Annual administration report of the Civil Veterinary Department of India - 1896-1897
Year: 1896
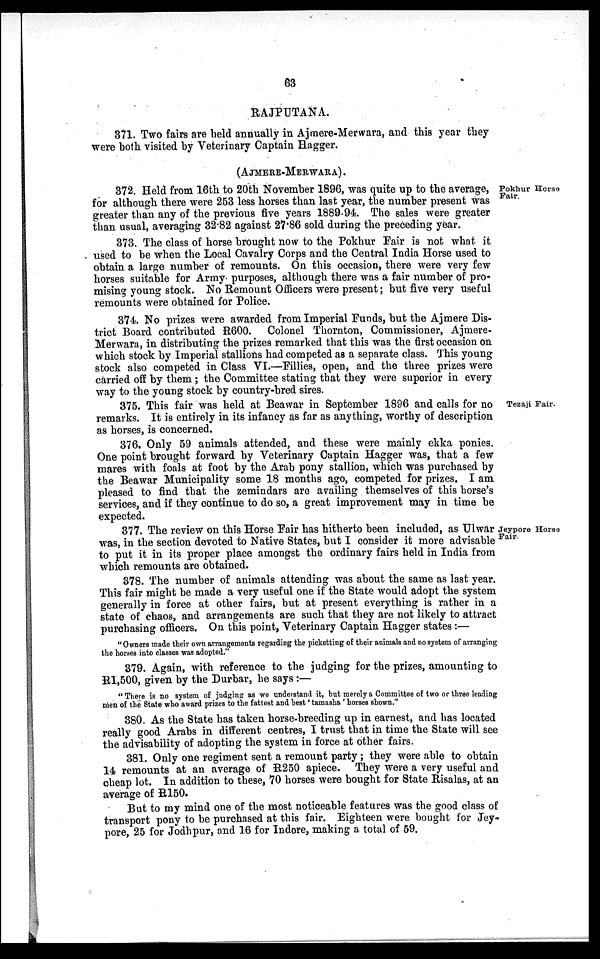
63
RAJPUTANA.
371. Two fairs are held annually in Ajmere-Merwara, and this year they
were both visited by Veterinary Captain Hagger.
(AJMERE-MERWARA).
Pokhur Horse
Fair.
372. Held from 16th to 20th November 1896, was quite up to the average,
for although there were 253 less horses than last year, the number present was
greater than any of the previous five years 1889-94. The sales were greater
than usual, averaging 32.82 against 27.86 sold during the preceding year.
373. The class of horse brought now to the Pokhur Fair is not what it
used to be when the Local Cavalry Corps and the Central India Horse used to
obtain a large number of remounts. On this occasion, there were very few
horses suitable for Army purposes, although there was a fair number of pro-
mising young stock. No Remount Officers were present; but five very useful
remounts were obtained for Police.
374. No prizes were awarded from Imperial Funds, but the Ajmere Dis-
trict Board contributed R600. Colonel Thornton, Commissioner, Ajmere-
Merwara, in distributing the prizes remarked that this was the first occasion on
which stock by Imperial stallions had competed as a separate class. This young
stock also competed in Class VI.—Fillies, open, and the three prizes were
carried off by them; the Committee stating that they were superior in every
way to the young stock by country-bred sires.
Tezaji Fair.
375. This fair was held at Beawar in September 1896 and calls for no
remarks. It is entirely in its infancy as far as anything, worthy of description
as horses, is concerned.
376. Only 59 animals attended, and these were mainly ekka ponies.
One point brought forward by Veterinary Captain Hagger was, that a few
mares with foals at foot by the Arab pony stallion, which was purchased by
the Beawar Municipality some 18 months ago, competed for prizes. I am
pleased to find that the zemindars are availing themselves of this horse's
services, and if they continue to do so, a great improvement may in time be
expected.
Jeypore Horse
Fair.
377. The review on this Horse Fair has hitherto been included, as Ulwar
was, in the section devoted to Native States, but I consider it more advisable
to put it in its proper place amongst the ordinary fairs held in India from
which remounts are obtained.
378. The number of animals attending was about the same as last year.
This fair might be made a very useful one if the State would adopt the system
generally in force at other fairs, but at present everything is rather in a
state of chaos, and arrangements are such that they are not likely to attract
purchasing officers. On this point, Veterinary Captain Hagger states:—
"Owners made their own arrangements regarding the picketting of their animals and no system of arranging
the horses into classes was adopted."
379. Again, with reference to the judging for the prizes, amounting to
R1,500, given by the Durbar, he says:—
"There is no system of judging as we understand it, but merely a Committee of two or three leading
men of the State who award prizes to the fattest and best 'tamasha' horses shown."
380. As the State has taken horse-breeding up in earnest, and has located
really good Arabs in different centres, I trust that in time the State will see
the advisability of adopting the system in force at other fairs.
381. Only one regiment sent a remount party; they were able to obtain
14 remounts at an average of R250 apiece. They were a very useful and
cheap lot. In addition to these, 70 horses were bought for State Risalas, at an
average of R150.
But to my mind one of the most noticeable features was the good class of
transport pony to be purchased at this fair. Eighteen were bought for Jey-
pore, 25 for Jodhpur, and 16 for Indore, making a total of 59.